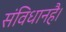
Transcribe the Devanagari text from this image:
संविधानहै।